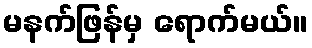
မနက်ဖြန်မှ ရောက်မယ်။